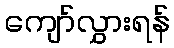
ကျော်လွှားရန်